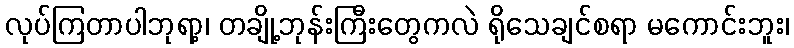
လုပ်ကြတာပါဘုရာ့၊ တချို့ဘုန်းကြီးတွေကလဲ ရိုသေချင်စရာ မကောင်းဘူး၊